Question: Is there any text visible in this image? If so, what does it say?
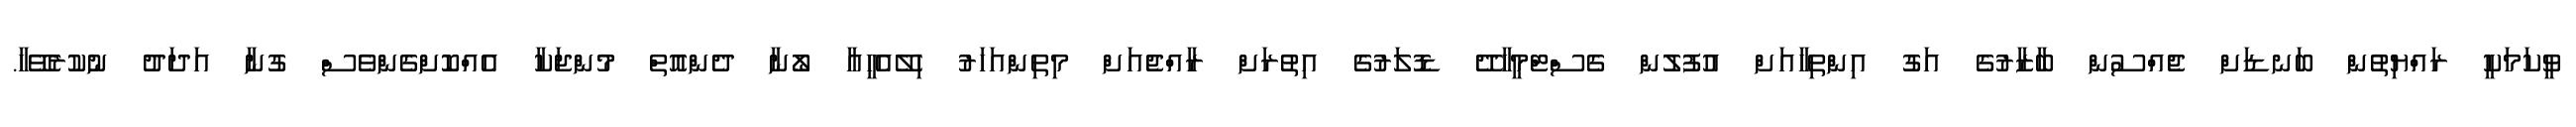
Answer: ވީކަމަކީ ރައްޔިތުން ބަނޑަށް ޖެއްސުން ބާޒާރުގެ އަގު އިންތިހާއަށް އުފުލުން ގެސްޓްމީހާދޭ ޑޮލަރުގެ އިތުރަށް ރާއްޖެއަށް މިތިންއަހަރު ހިލޭއެހީއާ ލޯނާ ދެންއޮތް މުންޖަކާ އެއްކޮށްގެންވެސް ގުނާ އަދަދު ނުކުރެވޭހާ.